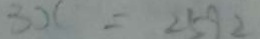
3 x = 2 5 9 2